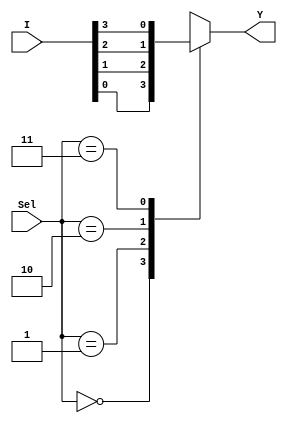
module MUX(I,Sel,Y);

input [3:0] I;
input [1:0] Sel;
output reg Y;

always@(Sel)

 begin
  case(Sel)
    2'b00:Y=I[0];
    2'b01:Y=I[1];
    2'b10:Y=I[2];
    2'b11:Y=I[3];
  endcase

end


endmodule

module tb_MUX();

reg [3:0] i;
reg [1:0] sel;
wire y;

MUX m(
  .I(i),
  .Sel(sel),
  .Y(y)
);

initial
  begin
      i=4'b1010;
      #10 sel=2'b00;
      #10 sel=2'b01;
      #10 sel=2'b10;
      #10 sel=2'b11;
  end

endmodule